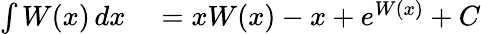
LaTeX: \begin{array}{rl}{\int W(x)\, dx}&{{}=xW(x)-x+e^{W(x)}+C}\end{array}